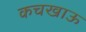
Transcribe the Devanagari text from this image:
कचखाऊ